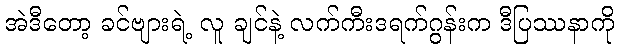
အဲဒီတော့ ခင်ဗျားရဲ့ လူ ချင်နဲ့ လက်ကီးဒရက်ဂွန်းက ဒီပြဿနာကို